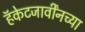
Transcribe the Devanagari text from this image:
हॅकेटजार्वींनच्या